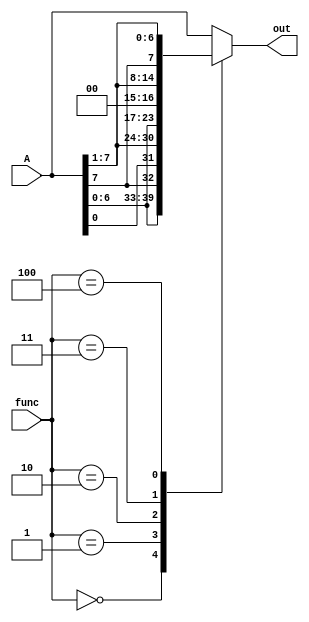
module barrel_shifter(A,func,out);
	input wire [7:0] A;
	input wire [2:0] func;
	output reg [7:0] out;
	
	always @(*)
		begin
			case(func)
			3'b000:
				out = {A[6:0],A[7]};
			3'b001:
				out = {A[0],A[7:1]};
			3'b010:
				out = {A[6:0],1'b0};
			3'b011:
				out = {1'b0,A[7:1]};
			3'b100:
				out = {A[7],A[7:1]};
			default:
				out = A[7:0];
			endcase
		end
endmodule